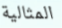
المثالية